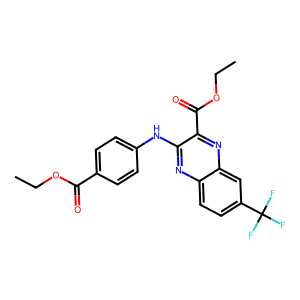
SMILES: CCOC(=O)c1ccc(Nc2nc3ccc(C(F)(F)F)cc3nc2C(=O)OCC)cc1
Inhibits HIV replication: No